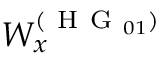
W _ { x } ^ { ( \mathrm { ~ H ~ G ~ } _ { 0 1 } ) }